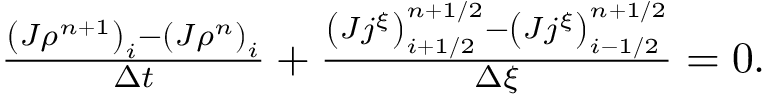
\begin{array} { r } { \frac { \left( J \rho ^ { n + 1 } \right) _ { i } - \left( J \rho ^ { n } \right) _ { i } } { \Delta t } + \frac { \left( J j ^ { \xi } \right) _ { i + 1 / 2 } ^ { n + 1 / 2 } - \left( J j ^ { \xi } \right) _ { i - 1 / 2 } ^ { n + 1 / 2 } } { \Delta \xi } = 0 . } \end{array}